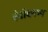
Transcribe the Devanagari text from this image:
वेबोधगम्य